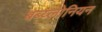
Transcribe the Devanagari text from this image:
बब्य्लोनियन